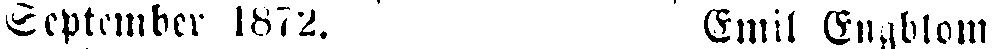
September 1872. Emil Engblom